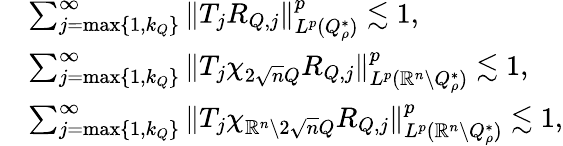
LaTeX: \begin{array}{rl}&{\sum_{j=\operatorname*{max}\{ 1,k_{Q}\} }^{\infty}\| T_{j}R_{Q,j}\| _{L^{p}(Q_{\rho}^{*})}^{p}\lesssim 1,}\\ &{\sum_{j=\operatorname*{max}\{ 1,k_{Q}\} }^{\infty}\| T_{j}\chi_{2\sqrt nQ}R_{Q,j}\| _{L^{p}(\mathbb{R}^{n}\setminus Q_{\rho}^{*})}^{p}\lesssim 1,}\\ &{\sum_{j=\operatorname*{max}\{ 1,k_{Q}\} }^{\infty}\| T_{j}\chi_{\mathbb{R}^{n}\setminus 2\sqrt nQ}R_{Q,j}\| _{L^{p}(\mathbb{R}^{n}\setminus Q_{\rho}^{*})}^{p}\lesssim 1,}\end{array}